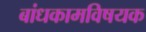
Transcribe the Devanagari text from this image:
बांधकामविषयक